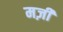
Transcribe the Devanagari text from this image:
मज़ी